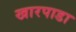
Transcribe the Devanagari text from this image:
खारपाडा